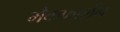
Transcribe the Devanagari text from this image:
मैकफार्लेन